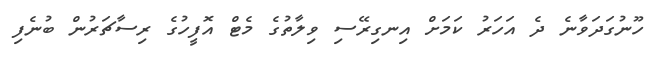
ހޫނުގަދަވާނެ ދެ އަހަރު ކަމަށް އިނގިރޭސި ވިލާތުގެ މެޓް އޮފީހުގެ ރިސާޗަރުން ބުނެފި